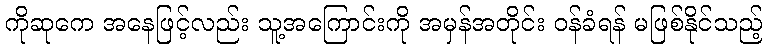
ကိုဆုကေ အနေဖြင့်လည်း သူ့အကြောင်းကို အမှန်အတိုင်း ဝန်ခံရန် မဖြစ်နိုင်သည့်